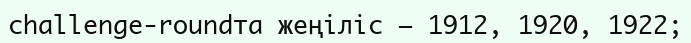
challenge-roundта жеңіліс — 1912, 1920, 1922;